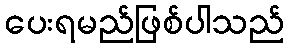
ပေးရမည်ဖြစ်ပါသည်